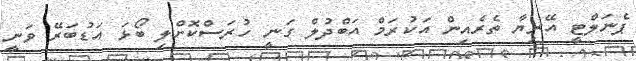
ޕެނަލްޓީ އޭރިޔާ ތެރެއިން އަކުރަމް އަބްދުލް ގަނީ ހުރަސްކޮށްލި ބޯޅަ އަޑުބަރޭ ވަނީ